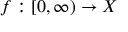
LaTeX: f : [ 0 , \infty ) \to X